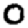
Digit: 0